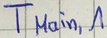
Text: TMain,1